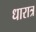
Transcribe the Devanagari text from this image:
धारात्र